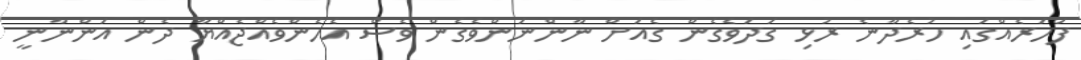
ފަހަރެއްގައި ހުރެދާނެ ރުޅި ގަދަވެގެން ގެއަށް ނާންނަންވެގެން ވެސް އެހެންވެއްޖެއްޔާ ދެން އަންނާނީ